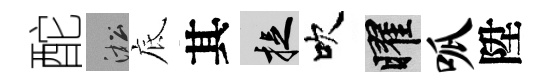
酡淞底其捉吹曜呱陞